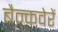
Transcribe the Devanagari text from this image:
बैन्कवेरें